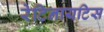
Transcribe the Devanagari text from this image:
रेटिनायटिस